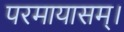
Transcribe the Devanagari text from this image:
परमायासम्‌।